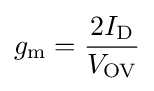
g_{\text{m}}={\frac {2I_{\text{D}}}{V_{\text{OV}}}}